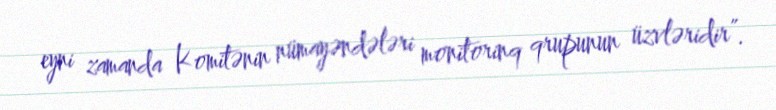
eyni zamanda Komitənin nümayəndələri monitorinq qrupunun üzvləridir”.